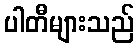
ပါတီများသည်